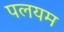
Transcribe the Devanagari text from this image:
पलयम